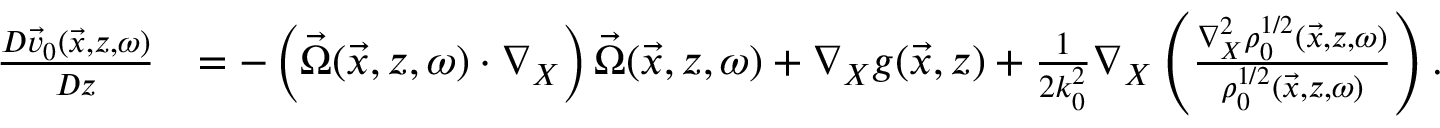
\begin{array} { r l } { \frac { D \vec { v } _ { 0 } ( \vec { x } , z , \omega ) } { D z } } & { = - \left( \vec { \Omega } ( \vec { x } , z , \omega ) \cdot \nabla _ { X } \right) \vec { \Omega } ( \vec { x } , z , \omega ) + \nabla _ { X } g ( \vec { x } , z ) + \frac { 1 } { 2 k _ { 0 } ^ { 2 } } \nabla _ { X } \left( \frac { \nabla _ { X } ^ { 2 } \rho _ { 0 } ^ { 1 / 2 } ( \vec { x } , z , \omega ) } { \rho _ { 0 } ^ { 1 / 2 } ( \vec { x } , z , \omega ) } \right) . } \end{array}